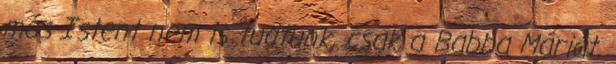
más Istent nem is tudtunk, csak a Babba Máriát.